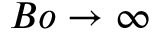
B o \to \infty